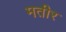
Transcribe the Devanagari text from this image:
मतीर